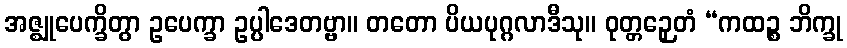
အဇ္ဈုပေက္ခိတွာ ဥပေက္ခာ ဥပ္ပါဒေတဗ္ဗာ။ တတော ပိယပုဂ္ဂလာဒီသု။ ဝုတ္တဉှေတံ “ကထဉ္စ ဘိက္ခု